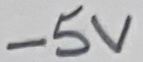
Text: -5V